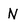
Character: N